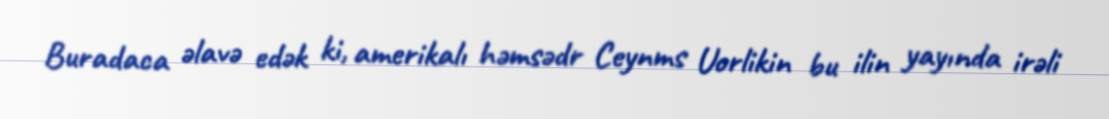
Buradaca əlavə edək ki, amerikalı həmsədr Ceynms Uorlikin bu ilin yayında irəli